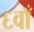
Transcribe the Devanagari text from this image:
६वाँ